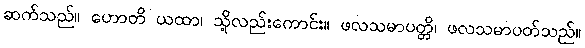
ဆက်သည်။ ဟောတိ ယထာ၊ သို့လည်းကောင်း။ ဖလသမာပတ္တိ၊ ဖလသမာပတ်သည်။